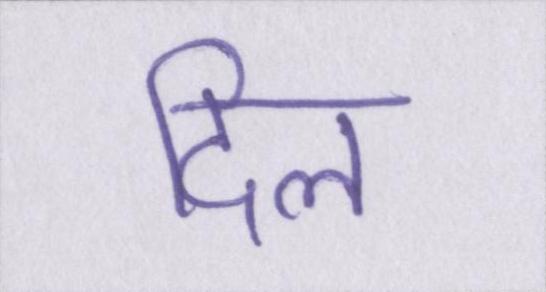
दिल